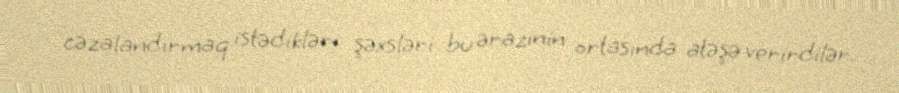
cəzalandırmaq istədikləri şəxsləri bu ərazinin ortasında atəşə verirdilər.